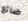
ضائع